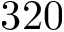
3 2 0